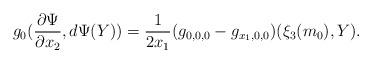
LaTeX: \begin{align*}g_0(\frac{\partial\Psi}{\partial x_2},d\Psi(Y))=\frac{1}{2x_1}(g_{0,0,0}-g_{x_1,0,0})(\xi_3(m_0),Y).\end{align*}